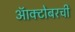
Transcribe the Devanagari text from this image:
ऑक्टोबरची